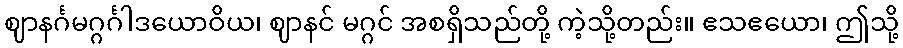
ဈာနင်္ဂမဂ္ဂင်္ဂါဒယောဝိယ၊ ဈာနင် မဂ္ဂင် အစရှိသည်တို့ ကဲ့သို့တည်း။ ဧသဧယော၊ ဤသို့